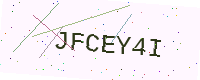
Text: JFCEY4I